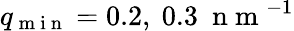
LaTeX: q_{\mathrm{~m~i~n~}}=0.2,\ 0.3\ \mathrm{~n~m~}^{-1}